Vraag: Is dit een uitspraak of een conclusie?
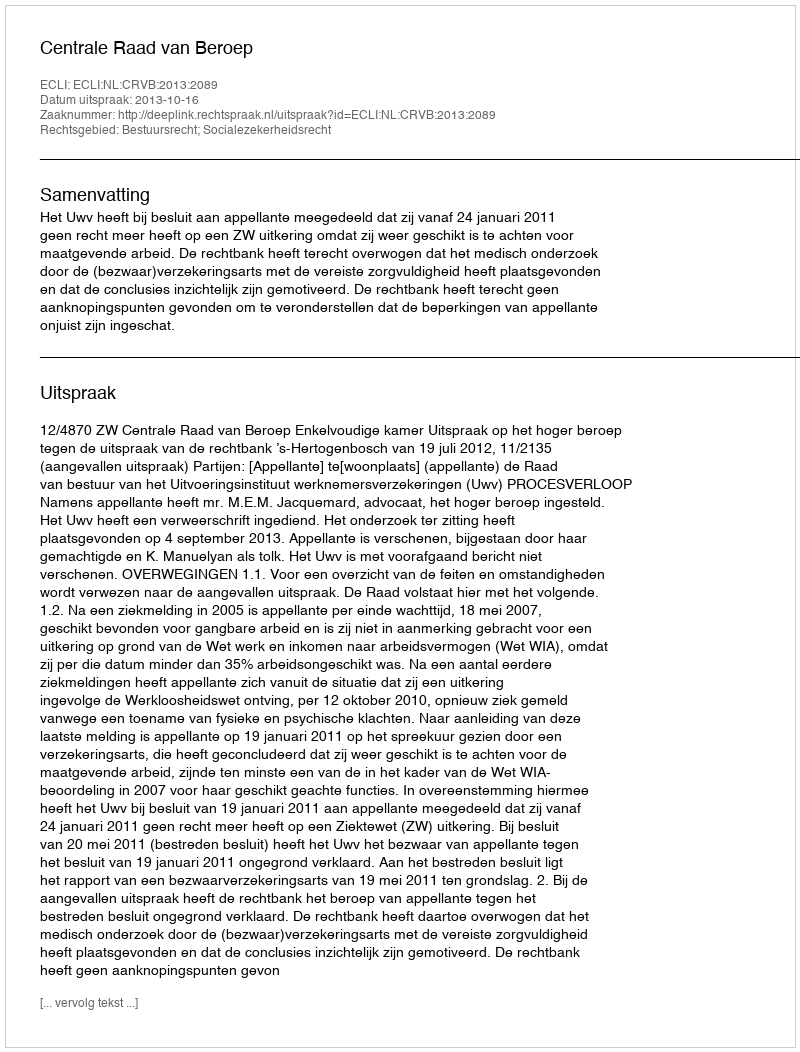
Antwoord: Uitspraak